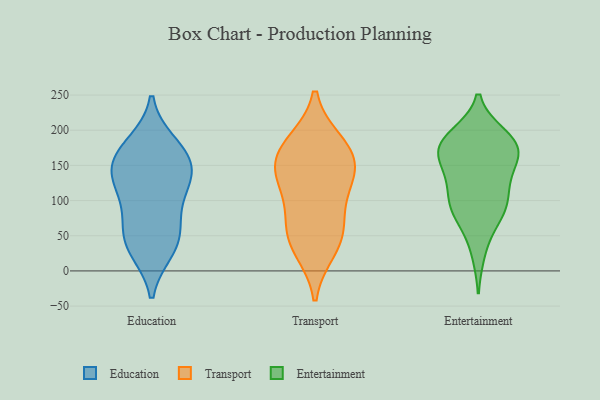
{"axis": {"x": "Page Views", "y": "Value"}, "legend": ["Education", "Entertainment", "Transport"], "data": [{"x": "", "y": 161, "type": "Education"}, {"x": "", "y": 174, "type": "Education"}, {"x": "", "y": 154, "type": "Education"}, {"x": "", "y": 135, "type": "Education"}, {"x": "", "y": 133, "type": "Education"}, {"x": "", "y": 131, "type": "Education"}, {"x": "", "y": 50, "type": "Education"}, {"x": "", "y": 30, "type": "Education"}, {"x": "", "y": 107, "type": "Education"}, {"x": "", "y": 56, "type": "Education"}, {"x": "", "y": 32, "type": "Education"}, {"x": "", "y": 84, "type": "Education"}, {"x": "", "y": 180, "type": "Education"}, {"x": "", "y": 140, "type": "Transport"}, {"x": "", "y": 131, "type": "Transport"}, {"x": "", "y": 181, "type": "Transport"}, {"x": "", "y": 132, "type": "Transport"}, {"x": "", "y": 32, "type": "Transport"}, {"x": "", "y": 56, "type": "Transport"}, {"x": "", "y": 168, "type": "Transport"}, {"x": "", "y": 173, "type": "Transport"}, {"x": "", "y": 86, "type": "Transport"}, {"x": "", "y": 47, "type": "Transport"}, {"x": "", "y": 122, "type": "Entertainment"}, {"x": "", "y": 90, "type": "Entertainment"}, {"x": "", "y": 72, "type": "Entertainment"}, {"x": "", "y": 185, "type": "Entertainment"}, {"x": "", "y": 158, "type": "Entertainment"}, {"x": "", "y": 180, "type": "Entertainment"}, {"x": "", "y": 174, "type": "Entertainment"}, {"x": "", "y": 192, "type": "Entertainment"}, {"x": "", "y": 158, "type": "Entertainment"}, {"x": "", "y": 154, "type": "Entertainment"}, {"x": "", "y": 85, "type": "Entertainment"}, {"x": "", "y": 175, "type": "Entertainment"}, {"x": "", "y": 27, "type": "Entertainment"}, {"x": "", "y": 87, "type": "Entertainment"}, {"x": "", "y": 123, "type": "Entertainment"}, {"x": "", "y": 109, "type": "Entertainment"}, {"x": "", "y": 187, "type": "Entertainment"}]}